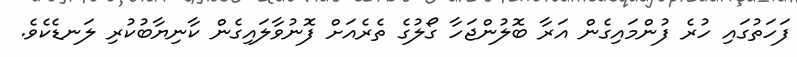
ފަހަތުގައި ހުރެ ފުންމައިގެން އަރާ ބޮލުންޖަހާ ގޯލުގެ ތެރެއަށް ފޮނުވާލައިގެން ކާނިޔާބުކުރި ލަނޑެކެވެ.